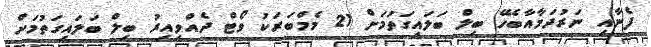
ފެނާއި ނަރުދަމާއާބެހޭ ބިލް ބަލައިގަތުމަށް 21 މެމްބަރަކު ވޯޓް ދެއްވިއިރު ބިލް ބަލައިގަތުމަށް